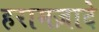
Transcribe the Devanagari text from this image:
हरामज़ादे